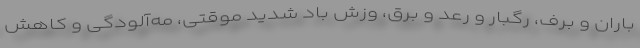
باران و برف، رگبار و رعد و برق، وزش باد شدید موقتی، مه‌آلودگی و کاهش